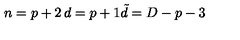
\begin{matrix} { n = p + 2 } & { d = p + 1 } \\ { \null } & { { \tilde { d } } = D - p - 3 } \\ \end{matrix}